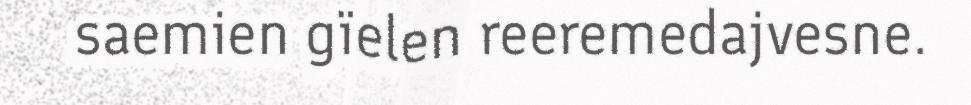
saemien gïelen reeremedajvesne.